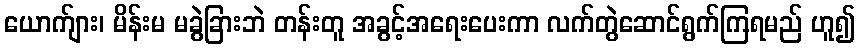
ယောက်ျား၊ မိန်းမ မခွဲခြားဘဲ တန်းတူ အခွင့်အရေးပေးကာ လက်တွဲဆောင်ရွက်ကြရမည် ဟူ၍